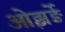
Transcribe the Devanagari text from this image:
ओझर्ङे